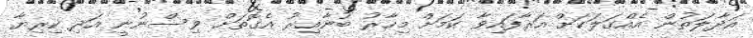
އަދާލަތުން އެއްގަލަކަށް އަރާފައިވާ ކަމަށް މިހާރު ބުނާއިރު އެގޮތަށް ވިސްނުނީ އަދި ކިރިޔާ